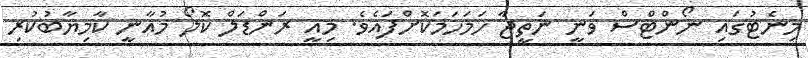
މިނެޓުގައި ނޯންޓްސް ވަނީ ނަތީޖާ ހަމަހަމަކޮށްފައެވެ. މިއީ ރަންޑަލް ކޮލޯ މުއާނީ ކާމިޔާބުކުރި